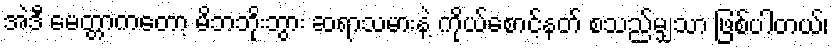
အဲဒီ မေတ္တာကတော့ မိဘဘိုးဘွား ဆရာသမားနဲ့ ကိုယ်စောင့်နတ် စသည်မျှသာ ဖြစ်ပါတယ်၊